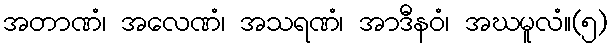
အတာဏံ၊ အလေဏံ၊ အသရဏံ၊ အာဒီနဝံ၊ အဃမူလံ။(၅)